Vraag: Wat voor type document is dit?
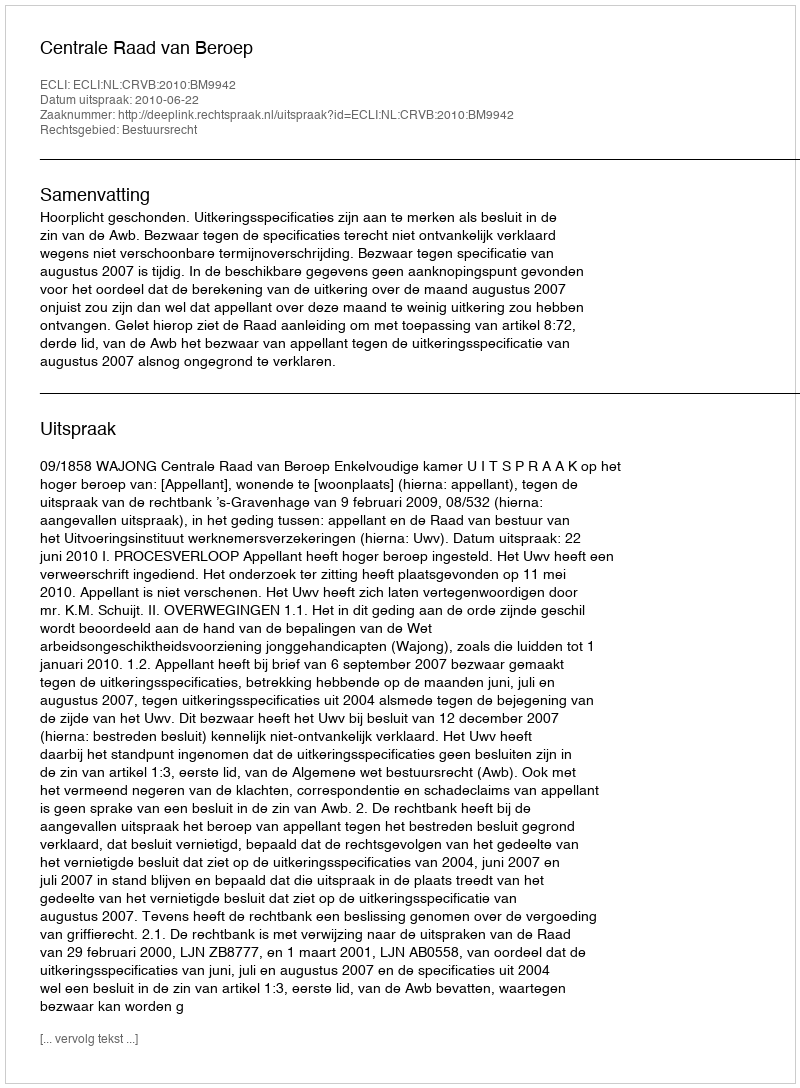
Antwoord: Uitspraak